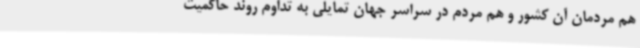
هم مردمان آن کشور و هم مردم در سراسر جهان تمایلی به تداوم روند حاکمیت